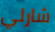
شارلي